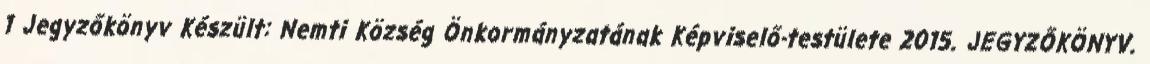
1 Jegyzőkönyv Készült: Nemti Község Önkormányzatának Képviselő-testülete 2015. JEGYZŐKÖNYV.